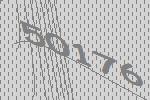
50176